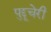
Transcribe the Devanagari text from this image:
पुद्दूचेरी